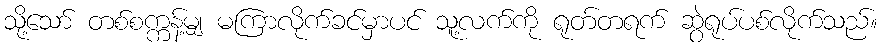
သို့သော် တစ်စက္ကန့်မျှ မကြာလိုက်ခင်မှာပင် သူ့လက်ကို ရုတ်တရက် ဆွဲရုပ်ပစ်လိုက်သည်။